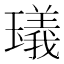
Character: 𤩺